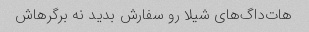
هات‌داگ‌های شیلا رو سفارش بدید نه برگرهاش